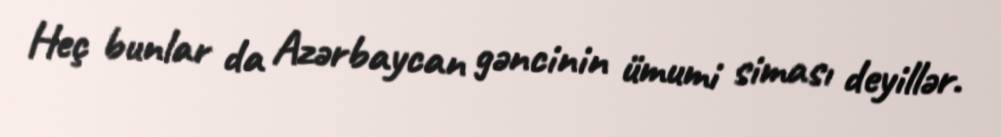
Heç bunlar da Azərbaycan gəncinin ümumi siması deyillər.